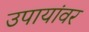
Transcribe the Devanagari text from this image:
उपायांवर